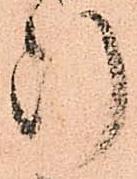
断